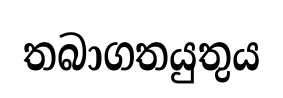
තබාගතයුතුය